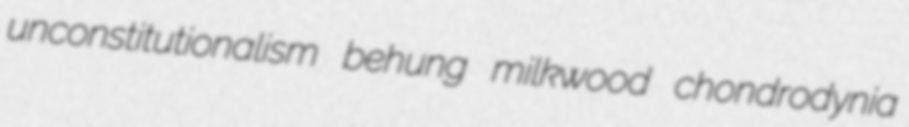
unconstitutionalism behung milkwood chondrodynia